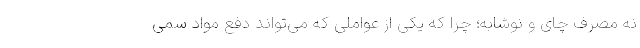
نه مصرف چای و نوشابه؛ چرا که یکی از عواملی که می‌تواند دفع مواد سمی